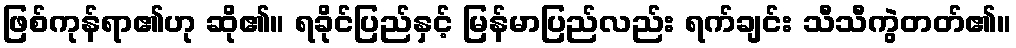
ဖြစ်ကုန်ရာ၏ဟု ဆို၏။ ရခိုင်ပြည်နှင့် မြန်မာပြည်လည်း ရက်ချင်း သီသီကွဲတတ်၏။